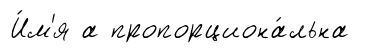
И́м'я а пропорциона́льна